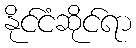
နိုင်ငံဆိုင်ရာ